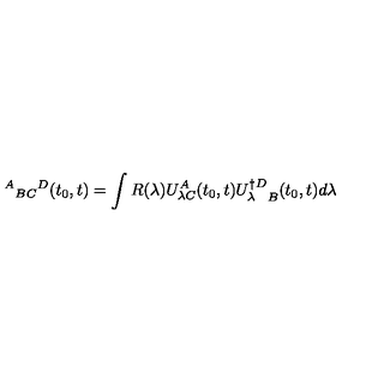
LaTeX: \ { ^ A } { _ B } { _ C } { ^ D } ( t _ { 0 } , t ) = \int R ( \lambda ) U _ { \lambda C } ^ { A } ( t _ { 0 } , t ) { U _ { \lambda } ^ { \dagger D } } _ { B } ( t _ { 0 } , t ) d \lambda